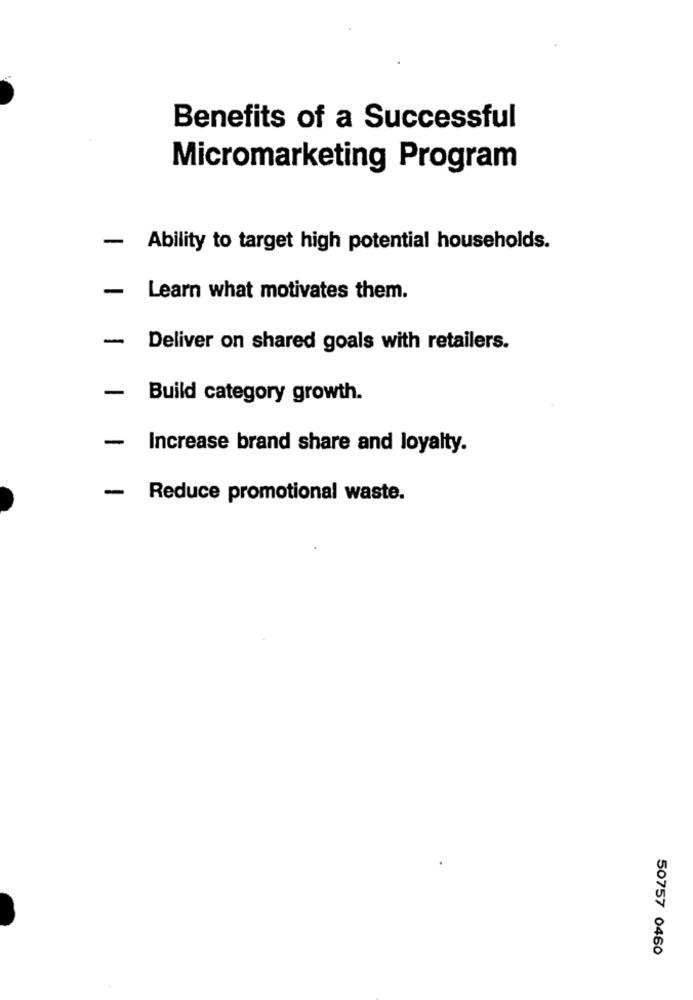
Benefits of a Successful
Micromarketing Program
- Ability to target high potential households.
- Learn what motivates them.
- Deliver on shared goals with retailers.
- Build category growth.
- Increase brand share and loyalty.
-
Reduce promotional waste.
50757 0460